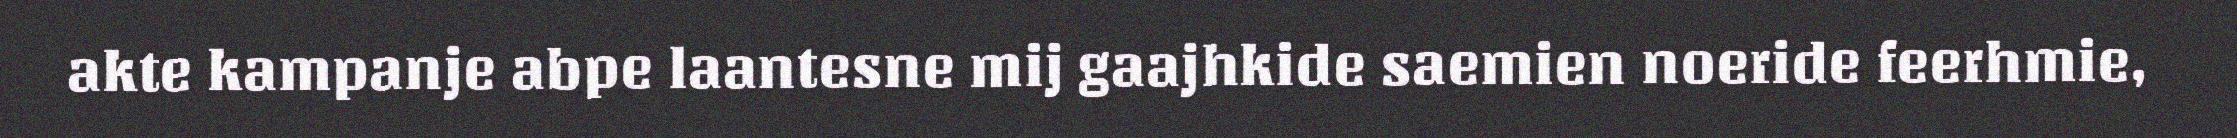
akte kampanje abpe laantesne mij gaajhkide saemien noeride feerhmie,